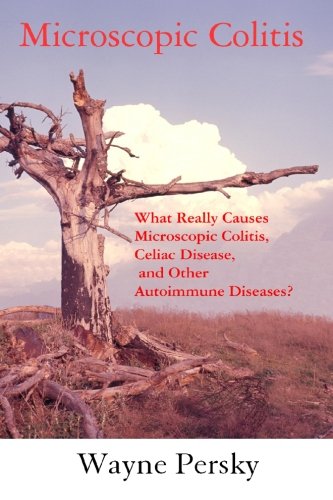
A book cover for Microscopic Colitis: What Really Causes Microscopic Colitis, Celiac Disease, and Other Autoimmune Diseases?; Wayne Persky; Health, Fitness & Dieting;